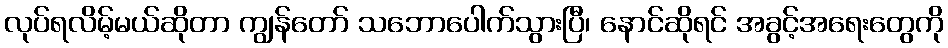
လုပ်ရလိမ့်မယ်ဆိုတာ ကျွန်တော် သဘောပေါက်သွားပြီ၊ နောင်ဆိုရင် အခွင့်အရေးတွေကို